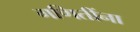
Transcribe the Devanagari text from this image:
गणितींना